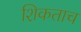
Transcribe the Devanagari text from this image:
शिकताच